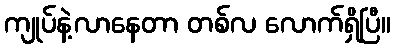
ကျုပ်နဲ့လာနေတာ တစ်လ လောက်ရှိပြီ။